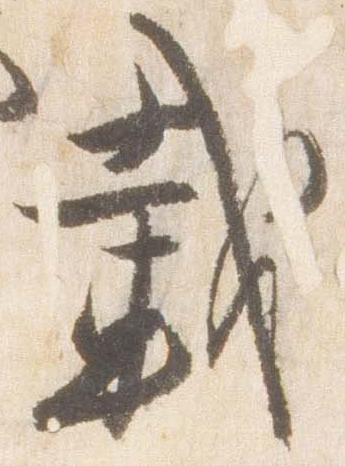
載